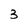
Character: 3